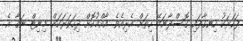
ފަހަރަކު ހިނގާފައި ގޮސްދާނަމޭ ހިތަށް އެރިއެވެ. އާއްމުކޮށް ދިހަވަރަކަށް މިނިޓް ނަގާ އެ